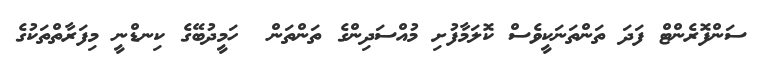
ސަންފޮރެންޓް ފަދަ ތަންތަނަކީވެސް ކޮލަމާފުށި މުއްސަދިންގެ ތަންތަން  ހަމީދުބޭގެ ކިނޑްނީ މިފަރާތްތަކުގެ